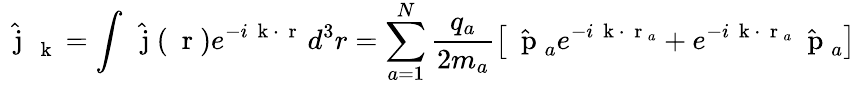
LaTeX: \hat{\mathrm{~\mathbf~j~}}_{\mathrm{~\mathbf~k~}}=\int\hat{\mathrm{~\mathbf~j~}}(\mathrm{~\mathbf~r~})e^{-i\mathrm{~\mathbf~k~}\cdot\mathrm{~\mathbf~r~}}\, d^{3}r=\sum_{a=1}^{N}\frac{q_{a}}{2m_{a}}\left[\hat{\mathrm{~\mathbf~p~}}_{a}e^{-i\mathrm{~\mathbf~k~}\cdot\mathrm{~\mathbf~r~}_{a}}+e^{-i\mathrm{~\mathbf~k~}\cdot\mathrm{~\mathbf~r~}_{a}}\hat{\mathrm{~\mathbf~p~}}_{a}\right]